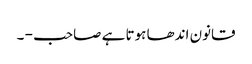
قانون اندھا ہوتا ہے صاحب - ۔